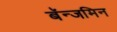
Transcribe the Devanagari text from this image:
बॅन्जमिन